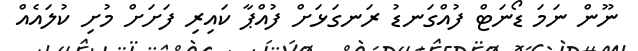
ނޫން ނަމަ ޑޯނަޓް ފުއްގަނޑު ރަނގަޅަށް ފުއްޕާ ކައިރި ފަށަށް މުށި ކުލައެއް